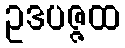
ဥဒပဇ္ဇထ